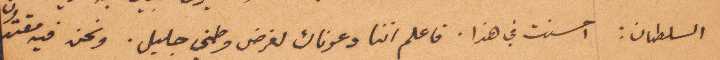
السلطان: احسنت في هذا. فاعلم اننا دعوناك لغرض وطني جليل. ونحن فيه مقتدون